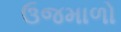
ઉજમાળો